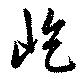
屹